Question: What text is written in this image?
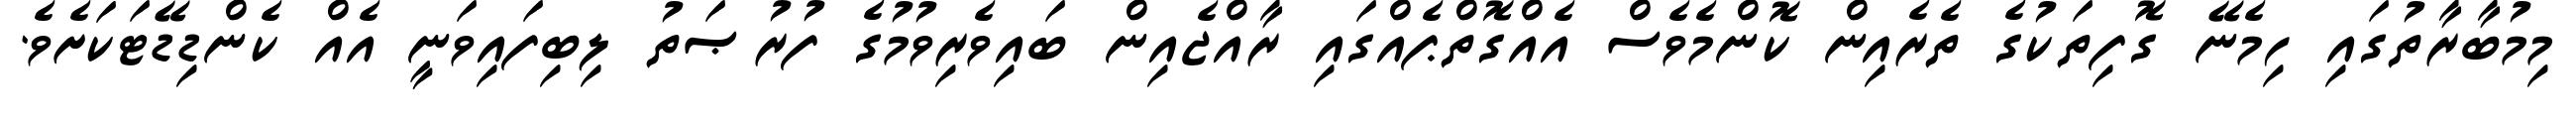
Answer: މިމުބާރާތުގައި ހިމެނޭ ގޮފިތަކުގެ ތެރެއިން ކޮންމެވެސް އެއްގޮތްޕެއްގައި ރާއްޖެއިން ބައިވެރިވުމުގެ ފުރުޞަތު ލިބިފައިވަނީ އެއް ކެންޑިޑޭޓަކަށެވެ.